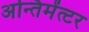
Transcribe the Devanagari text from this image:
अन्तिमेंत्टर